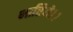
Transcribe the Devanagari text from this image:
भारिये।।